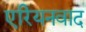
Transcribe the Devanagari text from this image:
एरियनवाद